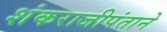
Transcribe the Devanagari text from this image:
शंकराजीपंताने